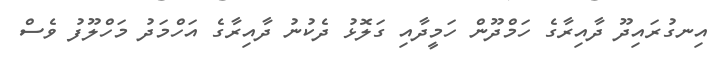
އިނގުރައިދޫ ދާއިރާގެ ހަމްދޫން ހަމީދާއި ގަލޮޅު ދެކުނު ދާއިރާގެ އަހްމަދު މަހްލޫފު ވެސް